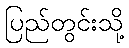
ပြည်တွင်းသို့